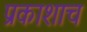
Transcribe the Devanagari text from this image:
प्रकाशाच